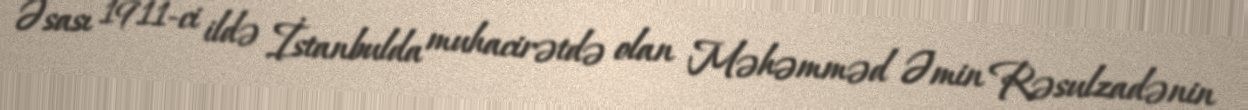
Əsası 1911-ci ildə İstanbulda muhacirətdə olan Məhəmməd Əmin Rəsulzadənin